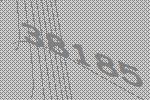
38185